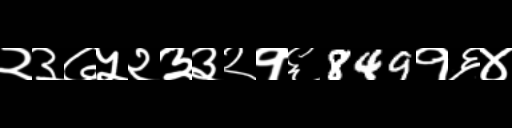
Text: २३७५२३३२१६849१६४